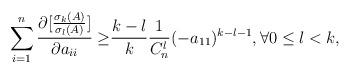
LaTeX: \begin{align*} \sum\limits_{i = 1}^n {\frac{{\partial [\frac{{\sigma _k (A )}}{{\sigma _l (A)}}]}}{{\partial a_{ii} }}} \geq& \frac{{k - l}}{k} \frac{1}{C_n^l} (-a_{11})^{k-l-1}, \forall 0 \leq l < k,\end{align*}